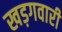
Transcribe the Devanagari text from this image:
खड़गवारी